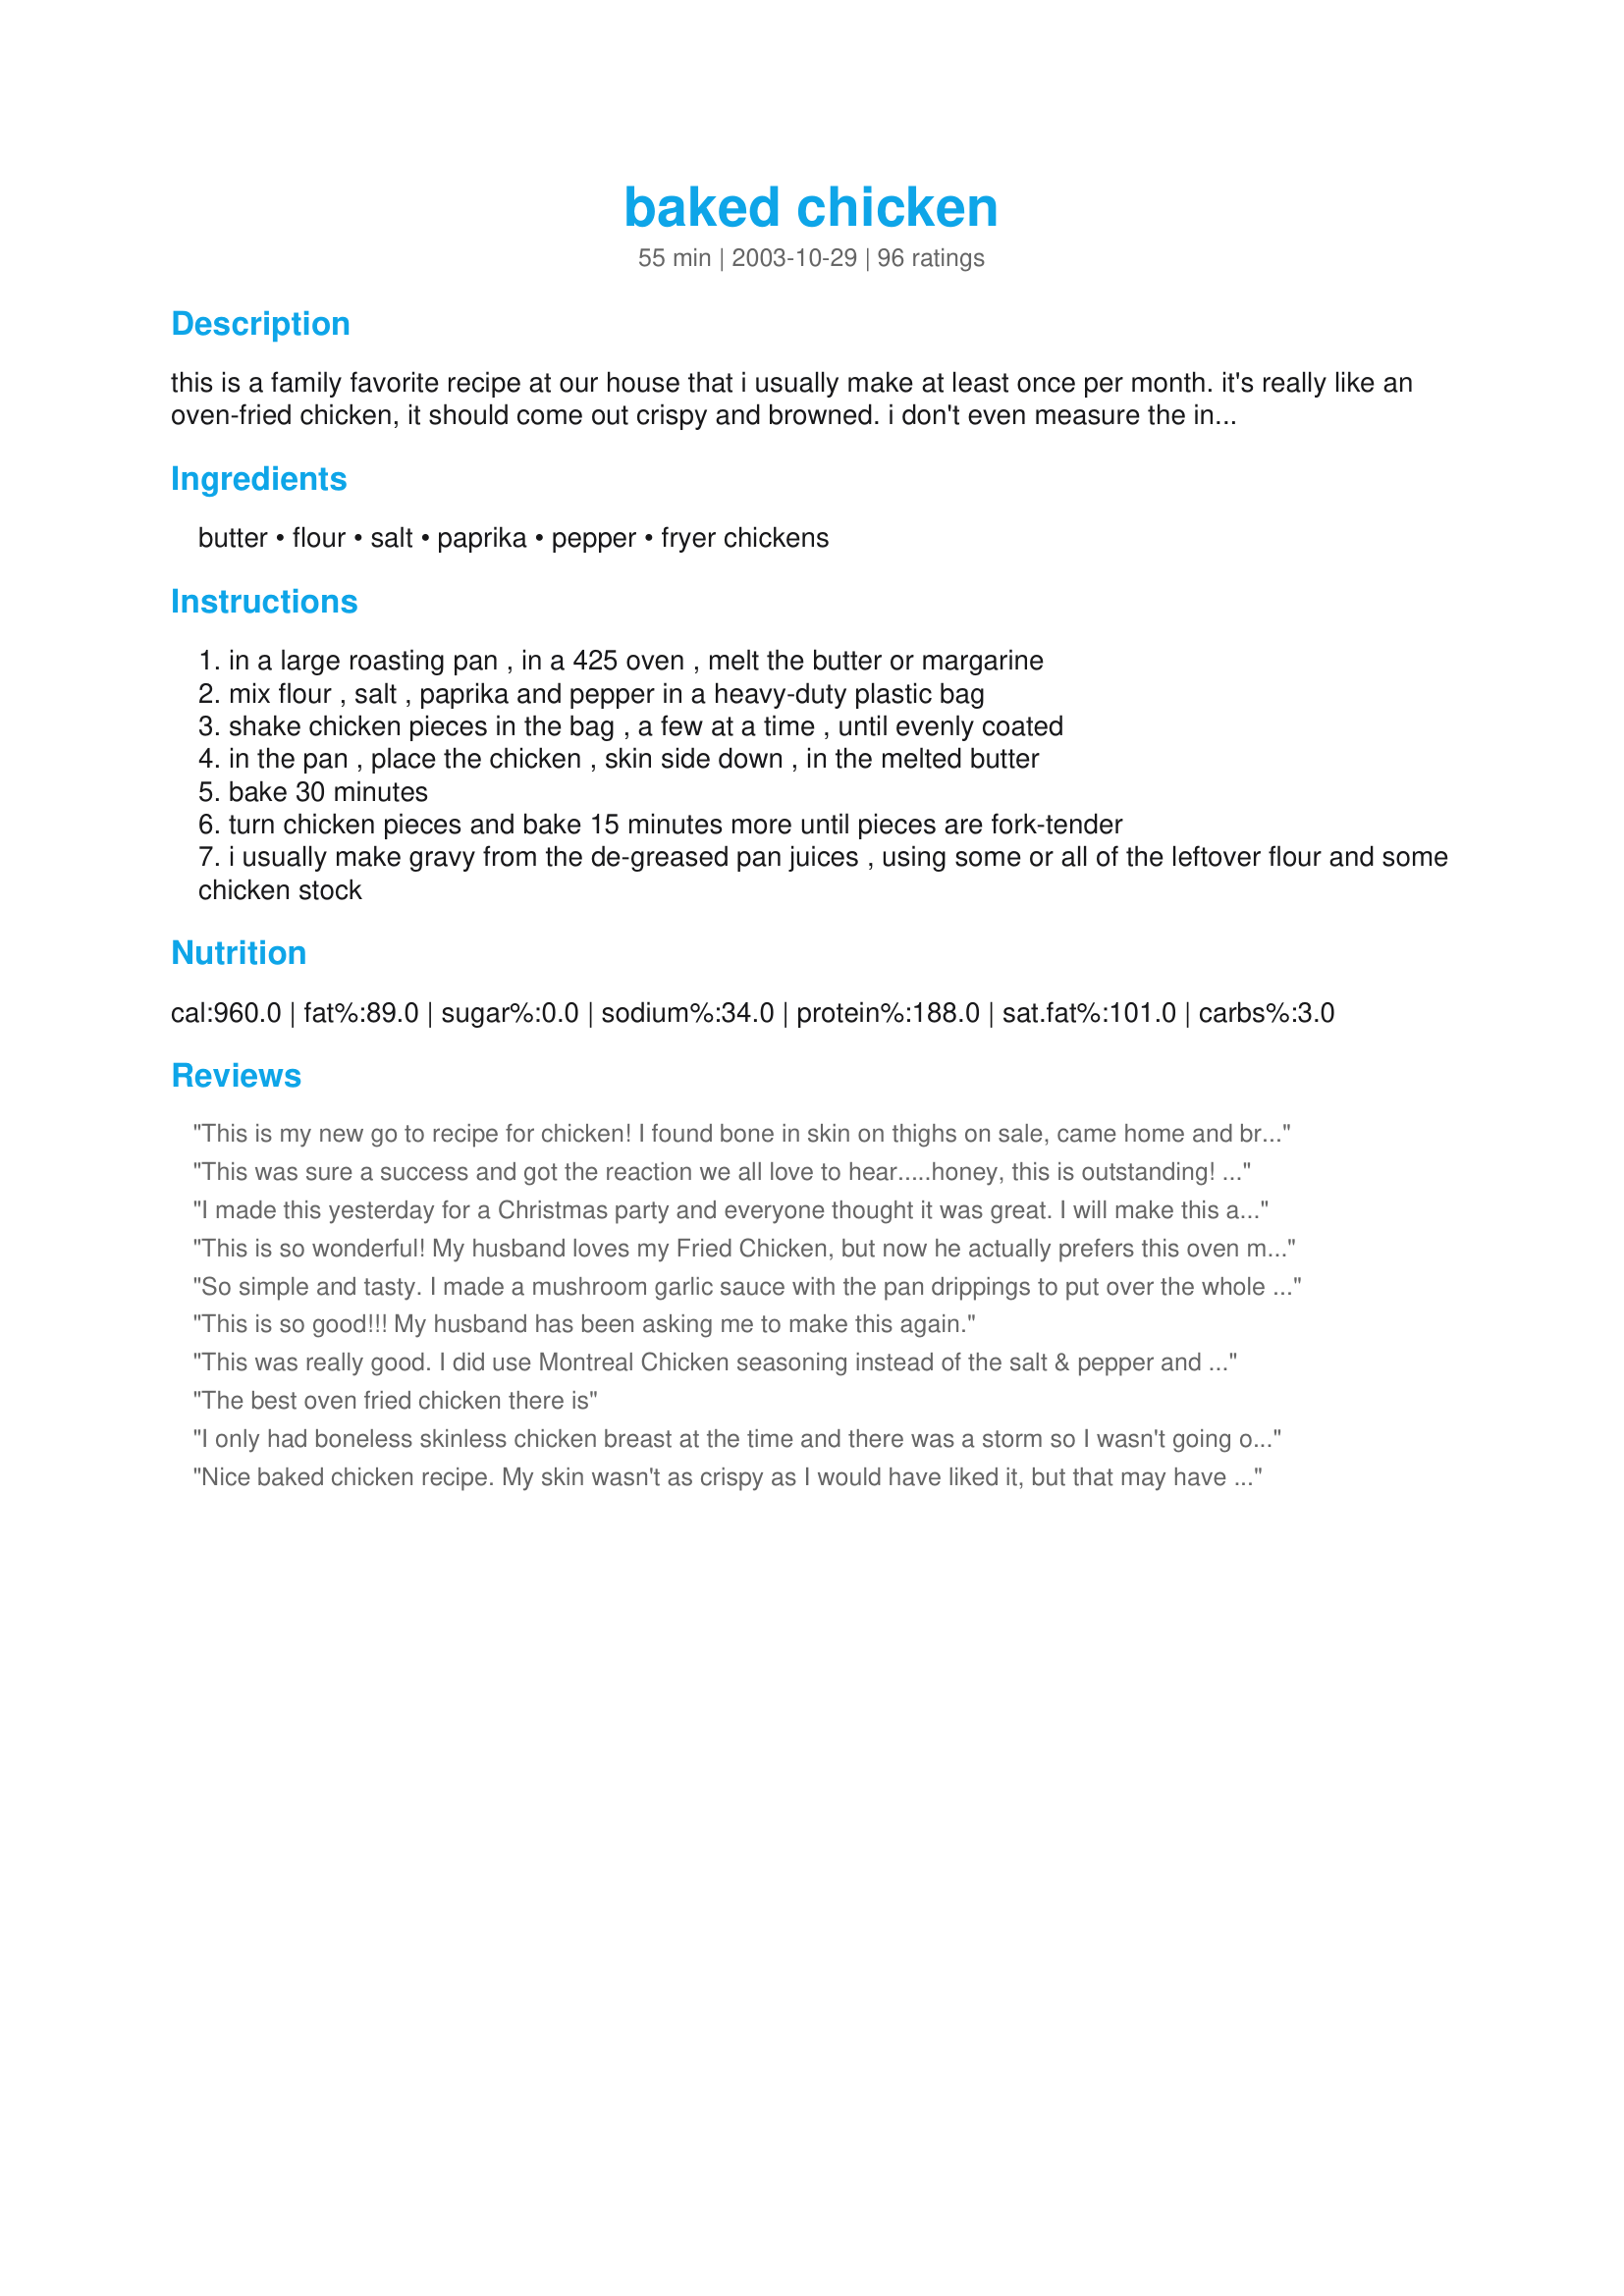
baked chicken
Preparation time: 55 minutes

this is a family favorite recipe at our house that i usually make at least once per month. it's really like an oven-fried chicken, it should come out crispy and browned. i don't even measure the ingredients any more, i just dump the flour and spices in the bag and shake away - it's so easy! this is great with mashed potatoes (if you make gravy with the pan drippings) and corn (in the summer), carrots (in the winter). the original recipe is from gh illustrated cookbook, i've changed a few things.

Ingredients:
butter, flour, salt, paprika, pepper, fryer chickens

Steps:
in a large roasting pan , in a 425 oven , melt the butter or margarine
mix flour , salt , paprika and pepper in a heavy-duty plastic bag
shake chicken pieces in the bag , a few at a time , until evenly coated
in the pan , place the chicken , skin side down , in the melted butter
bake 30 minutes
turn chicken pieces and bake 15 minutes more until pieces are fork-tender
i usually make gravy from the de-greased pan juices , using some or all of the leftover flour and some chicken stock

Reviews:
This is my new go to recipe for chicken! I found bone in skin on thighs on sale, came home and brined them with Master Brine Recipe for Meats (11266), added a bit of sage and left them in the fridge for 24 hours. I left out the salt (due to the brine) and added Onion and Garlic powder to the flour. Baked as directed and they came out perfect. Made a sauce out the the drippings like others mentioned and it was great! As a mom of 3 who works 50 hrs a week I can say this is fast enough for a weeknight meal, and the taste of fried chicken with out the huge clean up! Ill be making often!!!!
This was sure a success and got the reaction we all love to hear.....honey, this is outstanding! The only change I made to this was to use seasoning salt instead of regular salt. Thank you for sharing this easy and delicious recipe!
I made this yesterday for a Christmas party and everyone thought it was great. I will make this again. Very easy
This is so wonderful! My husband loves my Fried Chicken, but now he actually prefers this oven method recipe! I make it just the way it is listed, although I bake it about 25 minutes after turning since my DH only likes the chicken breasts which can be good sized and he likes it very well done! Perfect easy recipe!!
So simple and tasty. I made a mushroom garlic sauce with the pan drippings to put over the whole thing. Thanks for posting.
This is so good!!! My husband has been asking me to make this again.
This was really good. I did use Montreal Chicken seasoning instead of the salt & pepper and it didn't seem like enough, but we do like spice. So, next time I will use more, but it was still great. I love how crsipy it was and it looked so good too. Thanks!!
The best oven fried chicken there is
I only had boneless skinless chicken breast at the time and there was a storm so I wasn't going out =]
But it turned out great! Tasted like KFC! I served this with some chive mashed potatoes I make and corn on the cob. Yummo! Thanks
Nice baked chicken recipe. My skin wasn't as crispy as I would have liked it, but that may have been due to the size of my roasting pan. Will make again.
Love this recipe! Not like heavy fried chicken but with all the crispiness! Be sure to keep all the pieces uniform in size and don't crowd them in the pan - I actually use two pans - one large roasting pan and one 9X13 for the full amount of chicken.
Perfect!!!!! Hubby wanted fried chicken but I hate making it as it takes to long and is messy. So I made this. He loved it said tastes just as good as fried. Kids liked it too!!! Did as suggested and made gravy out of the leftover flour mix and pan drippings and that was wonderful tasted just like my grandma used to make. Thank you!!!!
Easy to prepare and was very good. Will keep this recipe for sure.
Crispy as indicated.
This was excellent! A nice healthier alternative to fried chicken. When I make it again, the only thing I will do differently is increase and/or add more spices, it was very crispy but slightly bland. Needless to say, there wasn't a piece of chicken leftover...the 4 of us are PIGS!
pretty good! especially when the chicken is hott! I don't know if i used too much butter or what because the chicken was greasy and had to be drained on paper towels after baking. otherwise it was tasty!
Very good flavor!! Although mine was not that crispy. Will make again sometime.
Everyone loved this last night. I made 6 breasts with ribs and added a little garlic salt but otherwise followed the recipe. I didn't make gravy because we sauteed potatoes, carrots, and onions in grapeseed oil to go with it... the butter does add flavor to the chicken though. At the end, I turned it over to make it crispy on the top side too.
AWESOME! I hate the mess of frying chicken, but other oven baked recipes never seem to work. This one was great! The chicken was crispy and so good. But most of all, this recipe is 100 times easier than frying chicken. 
And the pan juices made a great gravy.
Will make many times over.....
Thank you!
very tender needed some more taste so I added some garlic and minced onion to the chicken very simple and good .
this is great! , quick and creamy... i used Johnnys seasoning and montreal steak seasoning instead of salt and pepper..
FANTASTIC! Tastes exactly like the fried chicken and milk gravy I grew up on. I just never made it because I hate frying foods. This couldn't be easier or better! Thanks Hey Jude!
Yum! I used bone in chicken and was it ever good! While I did put it in a glass pie pan, I turned the oven to 450* for the last 15 minutes.

Really good and easy to make. It reminds me of family dinners past at my grandmother's house. Thank you so much for sharing it.
I have been making your recipe since 2007 and did not realize that I hadn't reviewed it until today when I decided to reprint a copy as mine is tattered. This recipe is much loved at our house. I reduce the butter to 1/4 C and sometimes add 1/2 tsp garlic salt and 1/4 tsp ground mustard to the flour mixture just to change it a bit. Excellent chicken!
tender, very easy, whole family loved it. I didn't measure, just estimated ingredients on the first try. Used tyson bagged checked breasts.
I actually have the GH Illustrated Cookbook and have been making this for years. My family loves it. I used your suggestion and made gravy. Thanks!
Just like fried chicken only baked!! This was so good...I used 4 chicken thighs and in addition to the salt, pepper, paprika I added garlic powder and a little sazon. Used a quarter stick of butter and wala delish!
Great crispy crust. However, after cooking North African cuisine for so many years (husband), the chicken is sort of flavorless... I need to find a way to inject some flavor into the meat itself. The crust tasted good, was crispy, etc. Will fix again.. . might brine the chicken like another person suggested.
This was so easy and tasted so good! Are you sure about the fat grams?
Made just as written and had friends over for dinner. They all liked it. It was so easy! Thanks for a great recipe that demanded nothing of me when company arrived...just pulled it out of the oven and served it. It made the house smell so good too!
Great! It really is an oven fried chicken. Made for Zaar Chef Alphabet Soup cooking game.
Made this for supper tonight. We all enjoyed this, especially me since i didn't have to stand and fry the chicken...haha. I will definately be making this easy recipe again...thank you
I tried this recipe the other night for my family and they loved it! My Hubby isn't a real big chicken fan, and he said it was very flavorful! I used boneless chicken breasts and it turned out just fine. Thanks so much for this recipe!
This was very simple and tasted great!
Jude THIS is so good. When the boys say This is good, make it again, it's a keeper. I used a package of breasts, legs and wings and doubled the seasonings. I used hungarian paprika also and couldn't believe how such a simple recipe could be a 5 star plus. This will be made again and again. Thank you so much for a wonderful chicken recipe that will be on the menu regularly.
Thanks heyjude!
I hope this is helpful to e b burleson 111 and others..... I found it on yahoo.. odd cup measurements, 3/8 cup equals 1/4 cup plus 2 tablespoons..... 5/8 cup equals 1/2 cup plus 2 tablespoons........ 7/8 cup equals 3/4 cup plus 2 tablespoons........ last but not least; this chicken is great we really enjoyed it. Thanks hey jude for posting.... nita
This was very nice chicken. Better than most other oven fried recipes. I didn't have any paprika so I left that out, but I did add two shakes of cayenne to the flour along with some garlic powder.
Super recipe. Really great flavor! Thanks Hey Jude for posting!
As a true southerner I'm letting out a little confession that's only mentioned in my inner circles. I HATE to fry chicken. Jude, bless your heart, you've saved me from my disgrace. Made for Alphabet Soup Tag.
This recipe works beyond my own expectations! I am wild about this recipe, and will only use this from now on. I don't like to fry chicken, it is so time consuming, and greasy, but miss the taste of some good ol' chicken. I don't want to get it from a fast food joint, so I have been looking for a nice, easy, super tasting baked chicken recipe and this is IT! Don't look any further for baked chicken that bears all the expectations that you might ask for. I followed this exactly, although I used Smart Balance spread, putting the large pan in the oven and melting the spread. I used an "Hungarian" paprika (which has a little heat, but not much). I mixed all the chicken up in the bag, (I used a paper bag) and gingerly put the nice floured chicken pieces into the pan. This is my favorite part, I turned the chicken over at the appointed time, again gingerly, and let bake the rest of the way until completely cooked through. ( I also used regular chicken with the skin on) I pulled the chicken out, put on a warmed platter to cool a bit. I drained all but 2 tablespoons of buttery spread out, added 1 1/2 tablespoons of flour, stirred until mixed, added 1 cup of water, stirred again, and put into the oven for 5 minutes. After 5 minutes and gravy was hot, I pulled out of oven, stirred again, and put into the a gravy ladle. Perfect! Wow Hey Jude you gotta winner here! Love it!
We enjoyed this chicken. I really love the simplicity of the recipe. The only thing I did different was to add garlic powder to the flour.
Thanks for sharing.
it was easy and very good. did skin chicken, but still had plenty of flavor
Tried this for a quick dinner before leaving for work. (I work night shift.) It was SO easy to make! I couldn't believe how DELICIOUS this was! I'll definitely use this recipe quite often. Thanks!
Got good reviews from Hubby! I made as directed, only change was reduced amount of butter. Used an iron skillet and only added about 2 tablespoons of butter. Next time i may turn up to 450 at end so it crisps more. Thanks for an easy pleasing recipe:)

Edit: Tried again and took some tips from another website and came out perfectly crispy on top and moist inside! Husband said"awesome! Is this KFC?". I NEVER get that! TIps were: use a preheated iron skillet w/hot butter. Spray pieces with cooking spray before placing
in oven. Worked like a charm.
I thought this was very tasty! Used boneless, skinless chicken breasts and a few legs...family liked the breasts way better than the legs...super easy!
Great recipe - tasty and so easy to make. Followed exactly as listed. Wonderful, wonderful, wonderful! Will definitely be making this again! Thanks for posting it for all of us!
Thank you! for a wonderful recipe for me to add to my cookbook we love fried chicken but it is so time consuming that we don't have it very often. I did make a substitution I only used a single Tablespoon of melted butter then I used olive oil to make up for the rest of it. it cut out some of the cholesterol and fat content of the meal. I also paired the chicken with chicken flavored rice and broccoli it was a wonderful meal.
Good! Family thought it was nice. I added crushed red pepper flakes to the flour. Also made gravy as you suggested.
This should be a 5 star plus recipe. When my DH can't stop saying "ummm" while he is eating something, I know that we have a real keeper. I used 1/2 c. flour and 1/4 c. panko crumbs. I just recently discovered how good panko crumbs are for things like fish and chicken. I also only used 1 tsp. paprika instead of 2, and added about 1/4 tsp. garlic salt. We are not big garlic lovers, so just a little dab will do us. Thanks, Jude, for a great recipe. BTW, we have a grandson named Jude and he is really cute.
Yummy chicken. Tender and moist on the inside and crispy on the outside. Simple and good. I too used less butter and some olive oil with great results. Thanks for sharing. Made for Best of 2012 Tag.
Very easy to make and Very TASTY!!
Thanks for sharing this great recipe.
I was surprised that my picky eaters liked this. I used boneless skinless breasts and pounded them a little thinner with a meat mallet. Then I followed the rest of the recipe. I will make this again.
Yummy! I did 1/4 the recipe because I was only cooking for 2 people. I baked it with a little more butter cuz I did it in a bowl rather than a flat pan. It was a little bit too buttery so I would use less next time, but it was still great.
This is soooooo good!!! 
My DH told me to make sure I let the chef who I got this recipe from know, that this was the best baked chicken dish I have ever made. What a great compliment from him too!! LOL He isn't a chicken person. 
This is a keeper for sure! Its easy to come together. I used chicken breast fillets so it was ready by time I got everything else ready at dinner. Thanks for sharing your. I am most certain it will be made plenty of times at our house. :)
This was great! I enjoyed the crispy texture and it was so easy to make. Will make this often. Thank you for the recipe.
I made this for my wife and ****! It was THAT GOOD!!
This was so good and very easy. I scaled it down for 2 bone-in skin-on breasts but followed the recipe exactly and it turned out nice and crispy on the outside and moist and juicy on the inside. A keeper for sure. Thanks
This is a great baked chicken recipe. The reason I probably like it so much is because it tastes more like fried chicken. My husband is a lazy eater and hates to pick off the skin and eat around the bone. All in all to say I use boneless, skinless chicken breats. Still tastes great. When we have company over I use fryer chicken, which I think tastes better but is not quite as healthy!
Nice moist delicious flavored chicken. We really loved it cooked this way! I used boneless chicken breasts and baked for 40 minutes. Very yummy!
This was really good and easy. My husband and I have spent a lot of time in Memphis, so I added some Rendevous seasoning. Also, I used chicken breasts and served roasted potatoes on the side. Yummy! Thanks Hey Jude!
Very tender and juicy chicken... with some wonderful, crispy skin!!! I halved the recipe since I had one 3lb chicken... Since I wanted to use the chicken breasts for another meal, I just substituted a couple of pieces of thighs to make up for it. I did place my chicken on a rack on top of a baking sheet in the fridge for a few hours to dry out the skin a bit... then I shook it in the flour mixture. It helped ensure a crispy skin!!! We loved it... but I wish the chicken itself had a little more flavor. I might try brining it for a few hours to see what happens... Thanks so much for posting... I will never fry chicken the conventional way again!!!
IT WAS GREAT,but changed it a lot, coverted to using bonless tenders instead of a whole bird,added to breading powdered garlic+onion powder,+also doubled breading amounts,but it tasted wonderful!!!
This was a very good recipe, it just wasn't anything spectacular that stood out for me. Thanks for the recipe. We will probably be making this again. It was very easy to make.
I only prepared four (4) and I was amazed how well the recipe 'worked'.
I still used the called-for amt of butter but held back on the other ingrediants a little. Once flour-shaked, I shaked off excess flour and in the pan, added a bit more of paprika & pepper on top. The placement and timing though turned out perfect; I did use an electronic temp guage & it all turn out really very good! Great taste that wasn't over-bearing of which I'll use again.
Very easy to make and very moist & tasty! I used the leftover flour mix, drippings, and some chicken broth to make a gravy. Delicious!!
Wow! This chicken was delicious! I used all chicken legs. They were crispy on the outside and juicy on the inside! The only downside to this recipe was that the butter splattered out of the pan all over my new oven--but it was worth it!
Delicious, baked chicken that tastes a lot like fried chicken. I used 2 chicken breasts cut in half. I baked first for 30 minutes, then turned them for another 25 minutes. This smelled so good and tastes even better. I've made this several times as it is a big hit.
This is a great way to make a very delicious chicken. The skin comes out nice and crisp just as if it were cooked in a skillet with a lot more oil We loved this recipe! Simple to make and tastes great!
forgot to click on the stars.
Very good! We made this last night, and my husband loved it. We used the thin boneless, skinless chicken breast. Next time, though, we will use fryer chicken (like the recipe suggested) and add some garlic or cajun seasoning to the flour mixture. Thanks for a great recipe!
Wow, This was absolutely delicious Hey Jude. My dh & I really enjoyed this quick and easy to make dish. I used chicken thighs and drumsticks. The perfectly cooked chicken was crispy and juicy, with subtle spices. The butter made for a lovely gravey. I will be making this again, often. Thanks so much for sharing a new favorite.
Tender and moist chicken with a nice flavored coating. And it took minutes to put together with little clean-up. Thanks! :)
This was really good! I did chicken breasts and wings...the wings turned out very tasty, and the breasts were very moist. I also added a little bit of garlic powder.
VEry good and easy.
This should be called "Oven Fried". This recipe is really good. It is the first oven fried chicken that I have ever eaten which tastes as if it were fried and not baked. It had a nice crispy coating and was moist and juicy in the inside.

I was using 8 very large legs and thighs so I used the entire recipe of other ingredients. My chicken was skinless since my DH and DS will not eat chicken cooked with the skin on.

By using the entire 1/2 cup of margarine it did not inhibit the results in any way at all.

It was very easy to prepare.

Thanks a lot for sharing. This will become a regular in our home.
Very good recipe. I didn't have paprika on hand so I used Tony's creole seasoning and it worked great. This is a great alternative to fried chicken (which I refuse to do).
This was wonderful.
I agree with CarrolJ. This does taste more 'fried' than any of the previous oven baked recipes I tried. Also, this list of spices is simple and doesn't alter the taste of true fried chicken. Being a southerner, that's one of the things that I notice in a lot of recipes...people add all kinds of odd spices and it ends up tasting totally different than fried chicken. I went ahead and did the 1/2 cup butter, as I was cooking 3 very large thighs and legs. Next time, I will definitely decrease it. I'm thinking if you keep the skin on the chicken, then 1/4 to 1/3 butter would be plenty. All in all, I'm very happy and will use this recipe many more times!
I used b/s chicken breasts and cut them in half to cut down on the cook time. I was worried they would have a flour taste, so I think I over did it on the seasoning, however, there were no leftovers afterward and this is going to be a staple in our house from now on. I served it with rice and green beans......DELISH! Thanks for sharing!
DD really liked it. And she's not that crazy about chicken. We used chicken quarters and cut them up into 4 thighs and 4 legs. Left the skin on. The pieces were large and barely fit into 1 8x13 glass baking dish. I used only about 1/3 cup of butter and I think it might have been too much still because the chicken was soggy on the bottom side when done cooking. I had to increase the cooking time 5 minutes after turning because the pieces were so big. They turned out really juicy and cooked all the way thru. The top was not as crispy as I would have liked. Probably because the pieces were so big and too much butter. Smaller pieces would probably work better. I also added other spices like onion and garlic powder because that's what I always put on all my chicken. Was definitely tender and juicy. 4 stars for an easy and quick recipe. Update: I tried using a metal baking dish instead and tried not to overcrowd the chicken and it turned out MUCH like it was supposed to. Therefore, I've raised my review to 5 stars from 4. Was really crispy and tasted like fried but easier than frying.
This was really easy and really good. The chicken came out nice and moist. I'll be making this recipe again!
Absolutely delicious. Tastes like the chicken my mom used to fry that she called soft fried chicken. I added just a little garlic powder to it, and lightly sprinkled the chicken with salt and let it set for a few min before shaking in the flour. Used the drippings to make gravy for the mashed potatoes, fixed some corn and yeast rolls on the side. A delicious fried chicken dinner without hardly any work. Thank you so much for sharing this recipe. It is now a favorite in our house :-)
I used one split chicken (with skin on) and loved that it took so little time to prepare. The leftovers the next day were great cold! I'll definitely be making this one again.
Delicious, easy chicken that the family requests. Love it! Thanks for posting.
I was a little skeptical about this recipe but I am so glad that I tired it. It is delicious. I raised my own chickens this year for meat and tonight was the first time I fixed one. My husband said that I out did myself again. I used the drippings for gravy and it was excellent too. Thanks for sharing this. I will be using it often.
Good basic recipe for Fried Chicken. I added garlic and onion powder to mine for more flavor. Made as directed and it was awesome! I can see why you have it often Jude! It's really yummo!
Perfect! We loved it!
Very Good Recipe.

I only made a few changes for my family. (Eight to Four servings). 

Additionally, I found 3/8 cup of flour hard to measure, so I changed it to 1/2 cup.

I will rate this recipe as "fix it again for the family"
I used a package of chicken breasts and this was a huge hit! I never fry anything so to have chicken that tastes buttery and fried was a treat for my family. Was a little salty for my taste but my daughter's college roommate commented on the great seasoning.
Great recipe! Easy to make, great flavor, and the chicken came out perfect. Thanks for sharing!
good stuff. I think next time I may add some garlic for more flavor....and perhaps a tad less butter. really good basic chicken though!
This is just how my mom always made chicken while I was growing up! It is great and the whole family enjoys it, while it is easy to prepare. Thanks for posting and bringing back memories for me:)
I Just made this today , with only one change. Instead of using all butter, I used half olive oil and 1/2 butter. Turned out Fantastic. I will never baked/fry my chicken any other way...
Made for supper tonight. Was going to fry the chicken but didn't have enough oil so went searching for something baked. Decided on this and I'm glad I did. Was very tasty and easy as well. Thanks.
Made this twice this week! Easy & delicious:) The first time tasted kind of bland, but it was my fault for cutting the serving size down to 2 (4 pcs.), as it's only me and hubby. The second time, I made sure to season under and over top of the skin (chicken breasts). And it was perfect!
This was really delicious and easy to prepare. I found the recipe and made the chicken (boneless skinless breasts, the recipe calls for real pieces of chicken which I think is the only true way to make this recipe) in about 8 minutes. It was really good without the skin, it must be excellent cooked as intended.
We had this last night for dinner. The chicken was tender and extremely juicy. Thanks for a great recipe. We will definitely be having this one again.
